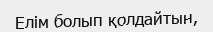
Елім болып қолдайтын,